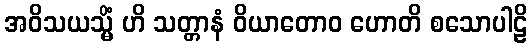
အဝိသယသ္မိံ ဟိ သတ္တာနံ ဝိယာတောဝ ဟောတိ စသောပါဠိ